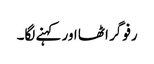
رفو گر اٹھا اور کہنے لگا۔